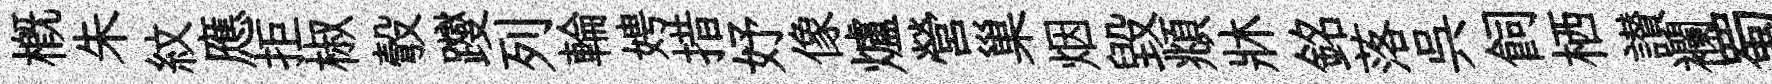
槪朱紋應拒椒彀躞列輪娉措妤像爐營巢烟毁頫牀銘落呉飼栖讃襴蜀